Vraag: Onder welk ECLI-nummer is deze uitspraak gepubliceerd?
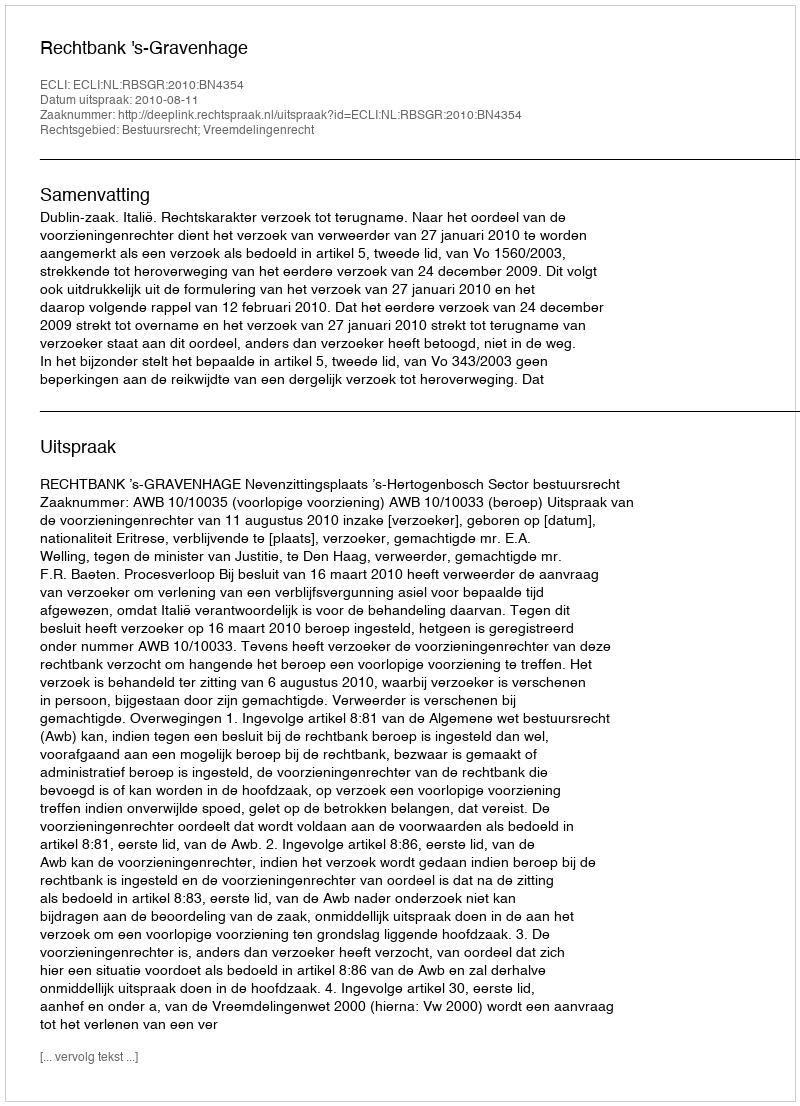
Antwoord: ECLI:NL:RBSGR:2010:BN4354